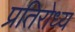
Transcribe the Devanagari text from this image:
प्रतिरोध्य